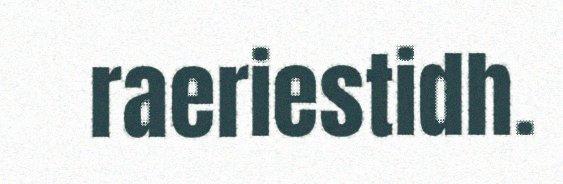
raeriestidh.